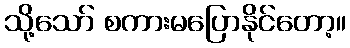
သို့သော် စကားမပြောနိုင်တော့။